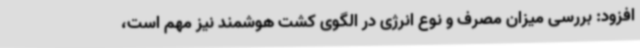
افزود: بررسی میزان مصرف و نوع انرژی در الگوی کشت هوشمند نیز مهم است،